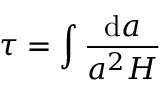
\tau = \int \frac { \mathrm { d } a } { a ^ { 2 } H }